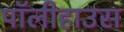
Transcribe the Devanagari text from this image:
पॉलीहाउस